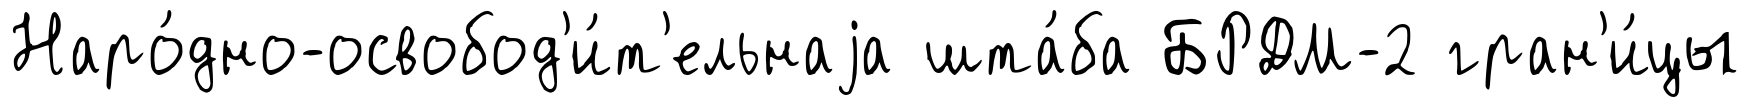
Наро́дно-освобод'и́т'ельнаjа шта́ба БРДМ-2 гран'и́цы